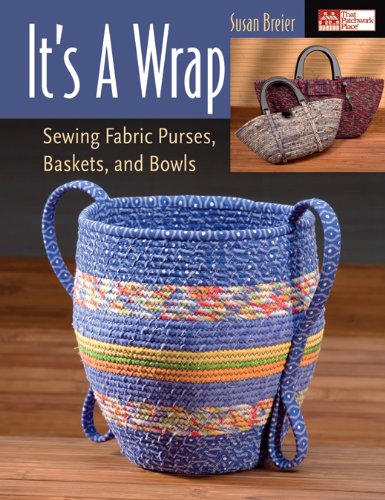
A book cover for Martingale & Company That Patchwork Place-It's A Wrap; Susan Breier; Crafts, Hobbies & Home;